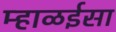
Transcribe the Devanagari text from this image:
म्हाळईसा